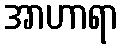
အာဟာရာ